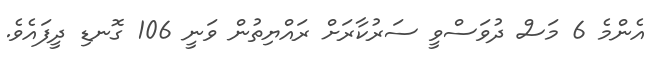
އެންމެ 6 މަސް ދުވަސްވީ ސަރުކާރަށް ރައްޔިތުން ވަނީ 106 ގޮނޑި ދީފައެވެ.